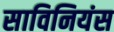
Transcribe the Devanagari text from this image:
साविनियंस